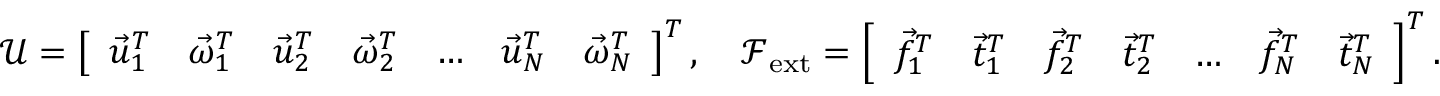
\boldsymbol { \mathcal U } = \left[ \begin{array} { l l l l l l l } { \vec { u } _ { 1 } ^ { T } } & { \vec { \omega } _ { 1 } ^ { T } } & { \vec { u } _ { 2 } ^ { T } } & { \vec { \omega } _ { 2 } ^ { T } } & { \dots } & { \vec { u } _ { N } ^ { T } } & { \vec { \omega } _ { N } ^ { T } } \end{array} \right] ^ { T } , \quad \boldsymbol { \mathcal F } _ { \mathrm { e x t } } = \left[ \begin{array} { l l l l l l l } { \vec { f } _ { 1 } ^ { T } } & { \vec { t } _ { 1 } ^ { T } } & { \vec { f } _ { 2 } ^ { T } } & { \vec { t } _ { 2 } ^ { T } } & { \dots } & { \vec { f } _ { N } ^ { T } } & { \vec { t } _ { N } ^ { T } } \end{array} \right] ^ { T } .